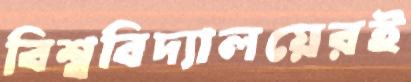
বিশ্ববিদ্যালয়েরই